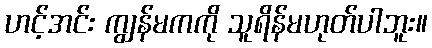
ဟင့်အင်း ကျွန်မကကို သူရိန်မဟုတ်ပါဘူး။